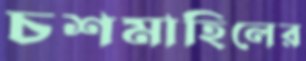
চশমাহিলের